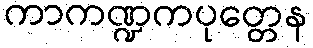
ကာကဏ္ဍကပုတ္တေန